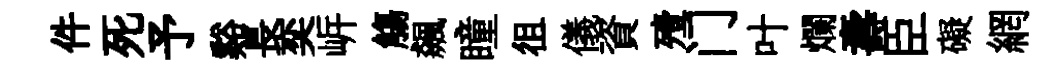
件死予谿長奕㟁觴飆瞳徂儀資殪门叶爛壽臣礙網